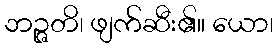
ဘဉ္ဇတိ၊ ဖျက်ဆီး၏။ ယော၊